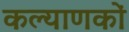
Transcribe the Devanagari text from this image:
कल्याणकों